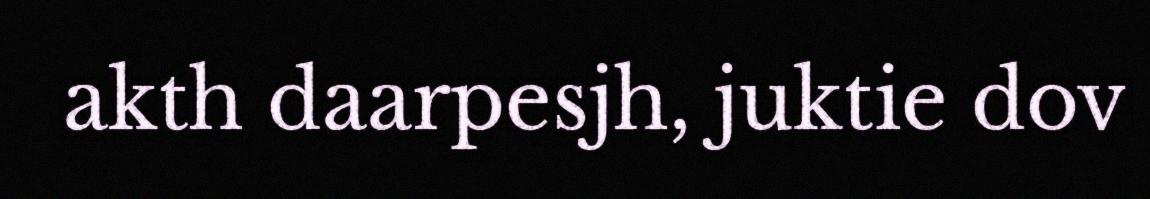
akth daarpesjh, juktie dov